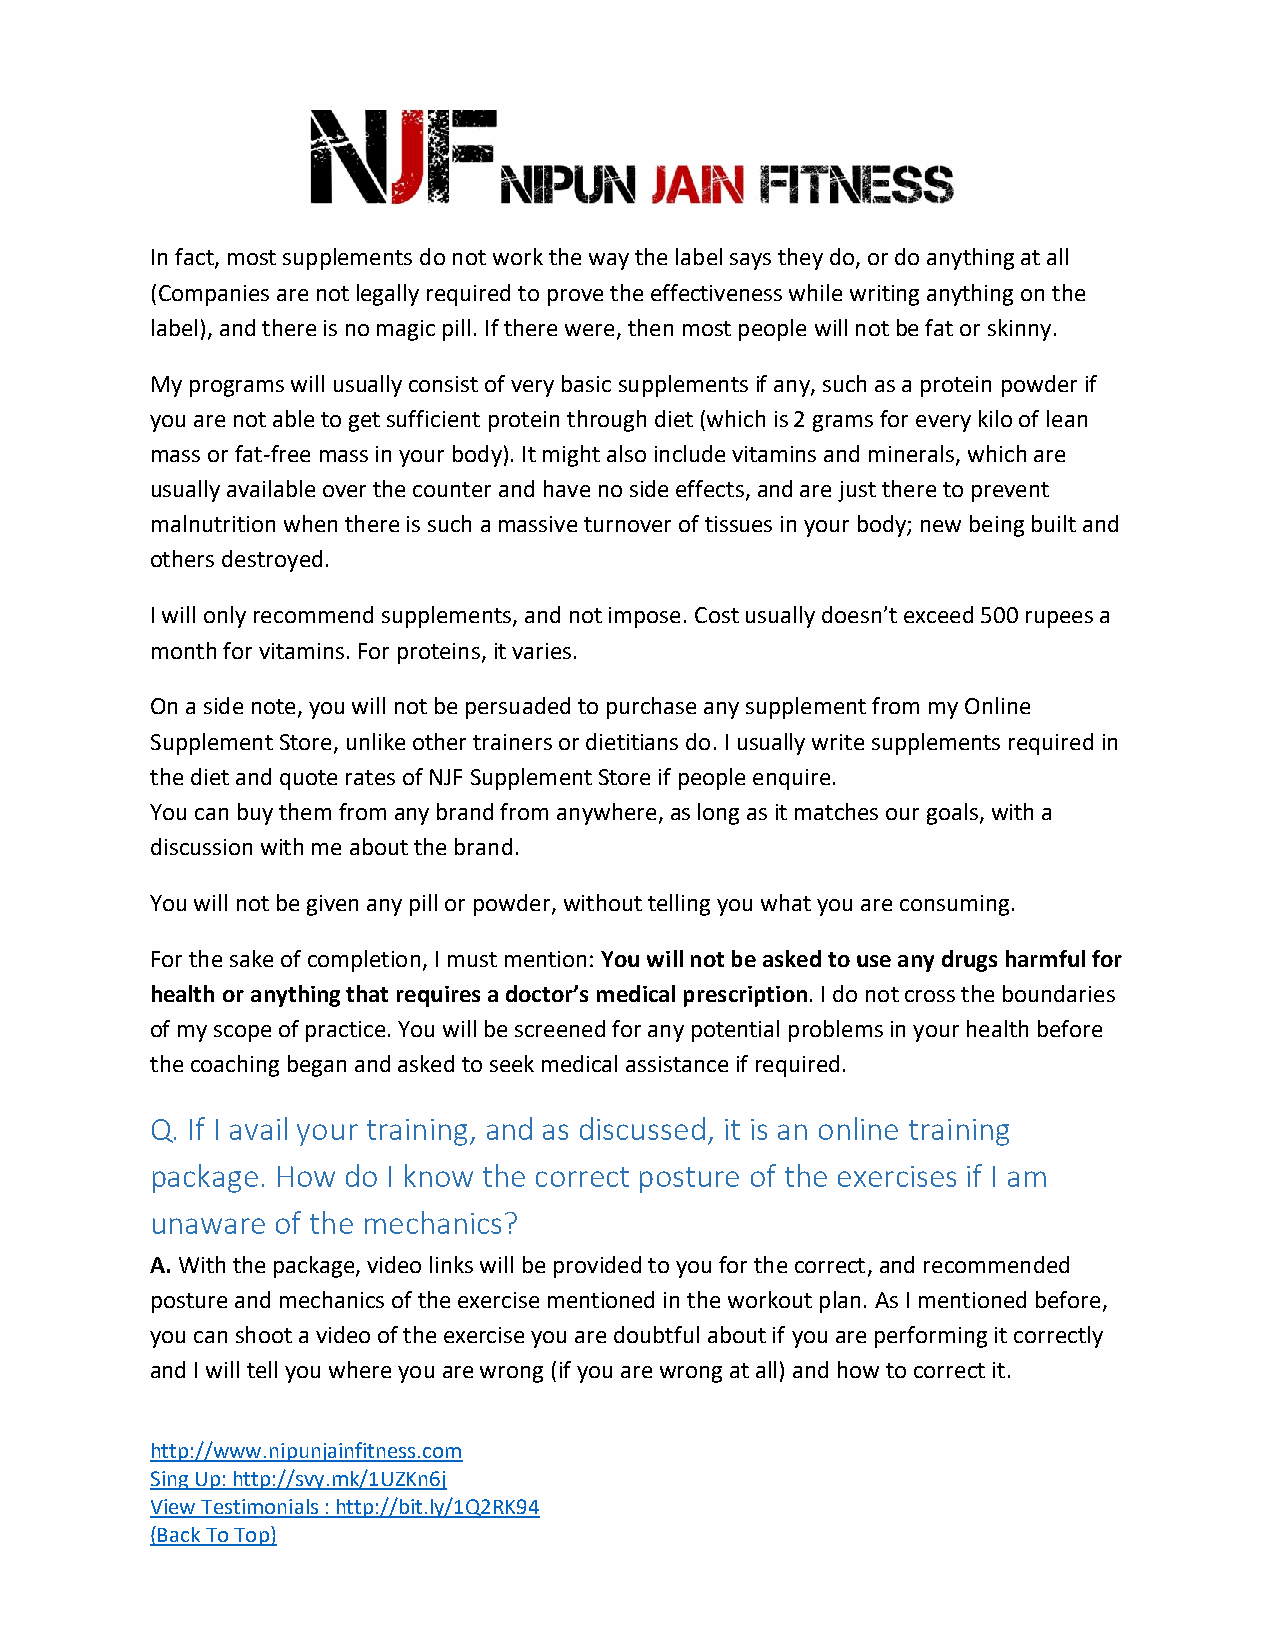
In fact, most supplements do not work the way the label says they do, or do anything at all
 (Companies are not legally required to prove the effectiveness while writing anything on the
 label), and there is no magic pill. If there were, then most people will not be fat or skinny.
 My programs will usually consist of very basic supplements if any, such as a protein powder if
 you are not able to get sufficient protein through diet (which is 2 grams for every kilo of lean
 mass or fat-free mass in your body). It might also include vitamins and minerals, which are
 usually available over the counter and have no side effects, and are just there to prevent
 malnutrition when there is such a massive turnover of tissues in your body; new being built and
 others destroyed.
 I will only recommend supplements, and not impose. Cost usually doesn’t exceed 500 rupees a
 month for vitamins. For proteins, it varies.
 On a side note, you will not be persuaded to purchase any supplement from my Online
 Supplement Store, unlike other trainers or dietitians do. I usually write supplements required in
 the diet and quote rates of NJF Supplement Store if people enquire.
 You can buy them from any brand from anywhere, as long as it matches our goals, with a
 discussion with me about the brand.
 You will not be given any pill or powder, without telling you what you are consuming.
 For the sake of completion, I must mention: You will not be asked to use any drugs harmful for
 health or anything that requires a doctor’s medical prescription. I do not cross the boundaries
 of my scope of practice. You will be screened for any potential problems in your health before
 the coaching began and asked to seek medical assistance if required.
 Q. If I avail your training, and as discussed, it is an online training
 package. How do I know the correct posture of the exercises if I am
 unaware of the mechanics?
 A. With the package, video links will be provided to you for the correct, and recommended
 posture and mechanics of the exercise mentioned in the workout plan. As I mentioned before,
 you can shoot a video of the exercise you are doubtful about if you are performing it correctly
 and I will tell you where you are wrong (if you are wrong at all) and how to correct it.
 http://www.nipunjainfitness.com
 Sing Up: http://svy.mk/1UZKn6j
 View Testimonials : http://bit.ly/1Q2RK94
 (Back To Top)